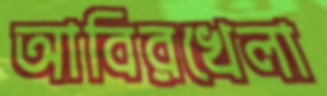
আবিরখেলা